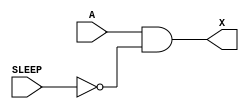
/*
 * Copyright 2020 The SkyWater PDK Authors
 *
 * Licensed under the Apache License, Version 2.0 (the "License");
 * you may not use this file except in compliance with the License.
 * You may obtain a copy of the License at
 *
 *     https://www.apache.org/licenses/LICENSE-2.0
 *
 * Unless required by applicable law or agreed to in writing, software
 * distributed under the License is distributed on an "AS IS" BASIS,
 * WITHOUT WARRANTIES OR CONDITIONS OF ANY KIND, either express or implied.
 * See the License for the specific language governing permissions and
 * limitations under the License.
 *
 * SPDX-License-Identifier: Apache-2.0
*/


`ifndef SKY130_FD_SC_LP__ISO0P_BEHAVIORAL_V
`define SKY130_FD_SC_LP__ISO0P_BEHAVIORAL_V

/**
 * iso0p: ????.
 *
 * Verilog simulation functional model.
 */

`timescale 1ns / 1ps
`default_nettype none

`celldefine
module sky130_fd_sc_lp__iso0p (
    X    ,
    A    ,
    SLEEP
);

    // Module ports
    output X    ;
    input  A    ;
    input  SLEEP;

    // Module supplies
    supply1 KAPWR;
    supply0 VGND ;
    supply1 VPB  ;
    supply0 VNB  ;

    // Local signals
    wire sleepn;

    //  Name  Output  Other arguments
    not not0 (sleepn, SLEEP          );
    and and0 (X     , A, sleepn      );

endmodule
`endcelldefine

`default_nettype wire
`endif  // SKY130_FD_SC_LP__ISO0P_BEHAVIORAL_V